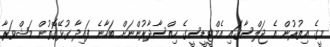
މީގެ އިތުރުން އެ ޖަލްސާގައި އެމްޓީޑީސީގެ ހިއްސާދާރުންނަށް ބަހާނެ ފައިދާ ގުޅޭގޮތުން މަޝްވަރާ